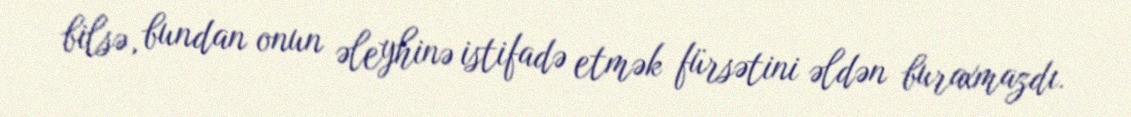
bilsə, bundan onun əleyhinə istifadə etmək fürsətini əldən buraxmazdı.